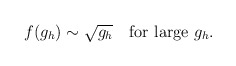
\begin{align*}f(g_h) \sim \sqrt{g_h} \quad {\rm for ~large} ~g_h.\end{align*}